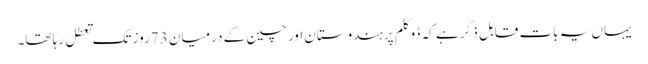
یہاں یہ بات قابل ذکر ہے کہ ڈوکلم پرہندوستان اور چین کے درمیان 73روز تک تعطل رہا تھا۔